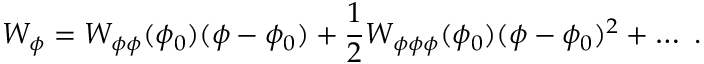
W _ { \phi } = W _ { \phi \phi } ( \phi _ { 0 } ) ( \phi - \phi _ { 0 } ) + { \frac { 1 } { 2 } } W _ { \phi \phi \phi } ( \phi _ { 0 } ) ( \phi - \phi _ { 0 } ) ^ { 2 } + \dots ~ .